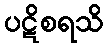
ပဋိစရသိ